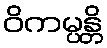
ဝိကမ္ပန္တိ